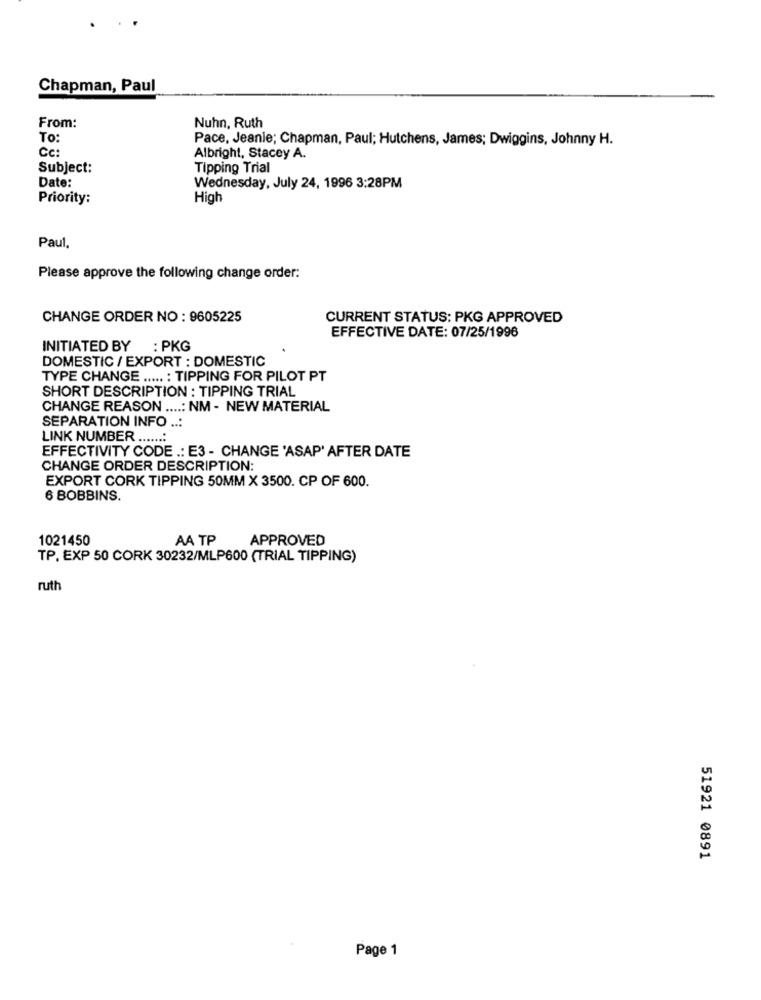
Chapman, Paul
From:
Nuhn, Ruth
TO:
Pace, Jeanie; Chapman, Paul; Hutchens, James; Dwiggins, Johnny H.
Cc:
Albright, Stacey A.
Subject:
Tipping Trial
Date:
Wednesday, July 24, 1996 3:28PM
Priority:
High
Paul.
Please approve the following change order:
CHANGE ORDER NO : 9605225
CURRENT STATUS: PKG APPROVED
EFFECTIVE DATE: 07/25/1996
INITIATED BY : PKG
DOMESTIC / EXPORT : DOMESTIC
TYPE CHANGE ..... : TIPPING FOR PILOT PT
SHORT DESCRIPTION : TIPPING TRIAL
CHANGE REASON ....: NM - NEW MATERIAL
SEPARATION INFO ..:
LINK NUMBER .......
EFFECTIVITY CODE .: E3 - CHANGE 'ASAP' AFTER DATE
CHANGE ORDER DESCRIPTION:
EXPORT CORK TIPPING 50MM X 3500. CP OF 600.
6 BOBBINS.
1021450
AA TP
APPROVED
TP. EXP 50 CORK 30232/MLP600 (TRIAL TIPPING)
ruth
51921 0891
Page 1